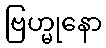
ဗြဟ္မုနော